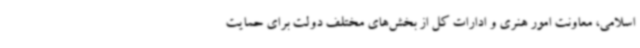
اسلامی، معاونت امور هنری و ادارات کل از بخش‌های مختلف دولت برای حمایت